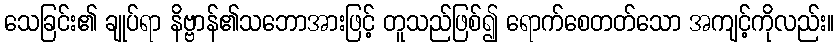
သေခြင်း၏ ချုပ်ရာ နိဗ္ဗာန်၏သဘောအားဖြင့် တူသည်ဖြစ်၍ ရောက်စေတတ်သော အကျင့်ကိုလည်း။